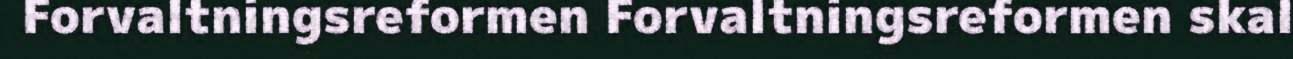
Forvaltningsreformen Forvaltningsreformen skal